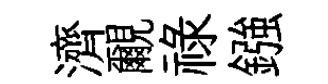
濟覼禄鏹